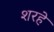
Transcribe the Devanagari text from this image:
शरहे